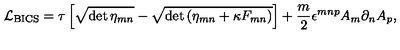
{ \cal L } _ { \mathrm { B I C S } } = \tau \left[ \sqrt { \det \eta _ { m n } } - \sqrt { \det \left( \eta _ { m n } + \kappa F _ { m n } \right) } \right] + \frac { m } { 2 } \epsilon ^ { m n p } A _ { m } \partial _ { n } A _ { p } ,